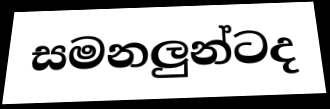
සමනලුන්ටද